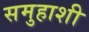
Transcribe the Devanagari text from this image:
समुहाशी